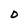
Character: D